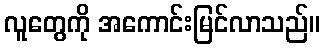
လူတွေကို အကောင်းမြင်လာသည်။